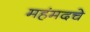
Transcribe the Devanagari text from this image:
महंमदचे